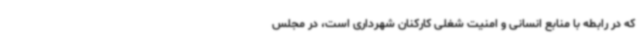
که در رابطه با منابع انسانی و امنیت شغلی کارکنان شهرداری است، در مجلس